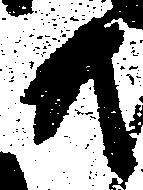
共